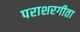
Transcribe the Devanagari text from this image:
पराशरगीता